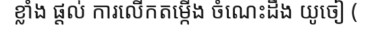
ខ្លាំង ផ្តល់ ការលើកតម្កើង ចំណេះដឹង យូចៀ (